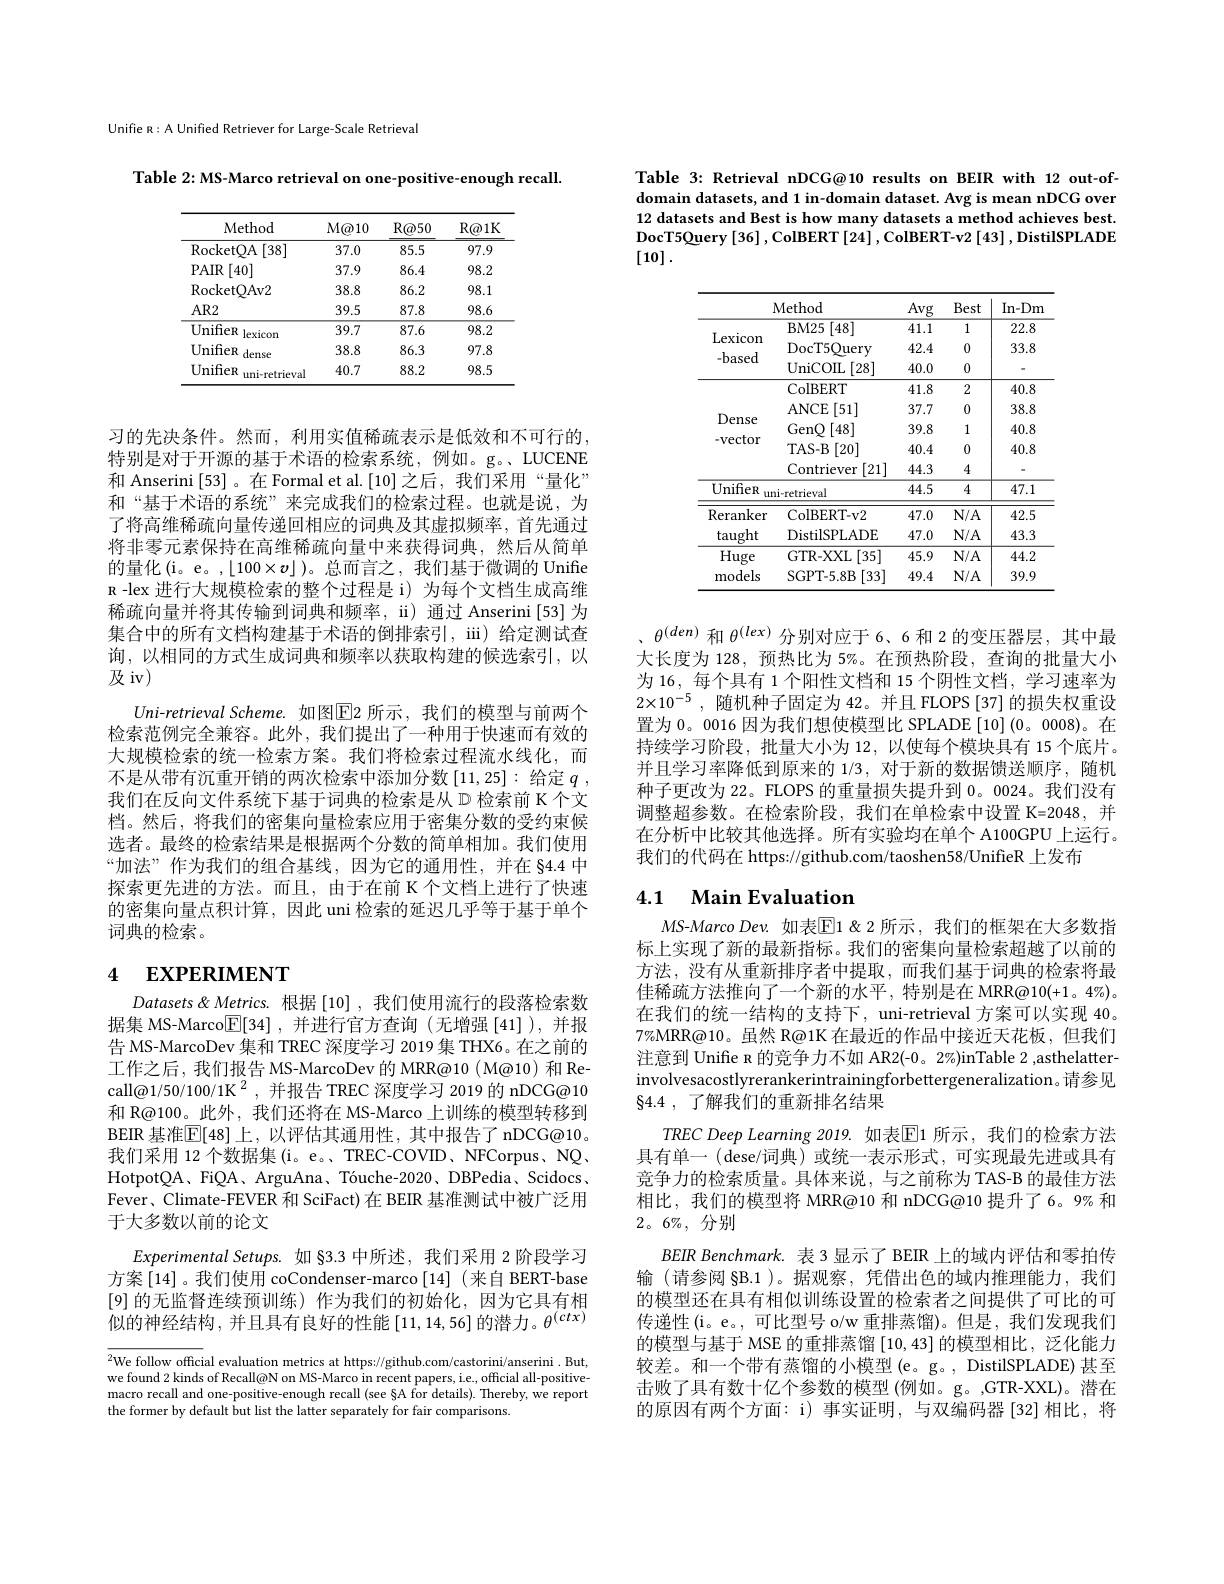
Unifie R: A Unified Retriever for Large-Scale Retrieval

Table 2: MS- Marco retrieval on one- positive-enough recall.

<table>
	<tbody>
		<tr>
			<th>Method</th>
			<th>$M@10$</th>
			<th>$R@50$</th>
			<th>$R@1K$</th>
		</tr>
		<tr>
			<td>RocketQA [38]</td>
			<td>37.0</td>
			<td>85.5</td>
			<td>97.9</td>
		</tr>
		<tr>
			<td>$PAIR$ [40]</td>
			<td>37.9</td>
			<td>86.4</td>
			<td>98.2</td>
		</tr>
		<tr>
			<td>RocketOAv2</td>
			<td>38.8</td>
			<td>86.2</td>
			<td>98.1</td>
		</tr>
		<tr>
			<td>$AR2$</td>
			<td>39.5</td>
			<td>87.8</td>
			<td>98.6</td>
		</tr>
		<tr>
			<td>UnifieR lexicon</td>
			<td>39.7</td>
			<td>87.6</td>
			<td>98.2</td>
		</tr>
		<tr>
			<td>UnifieR dense</td>
			<td>38.8</td>
			<td>86.3</td>
			<td>97.8</td>
		</tr>
		<tr>
			<td>UnifieR uni-retrieval</td>
			<td>40.7</td>
			<td>88.2</td>
			<td>98.5</td>
		</tr>
	</tbody>
</table>

习的先决条件。然而，利用实值稀疏表示是低效和不可行的， 特别是对于开源的基于术语的检索系统，例如。g。LUCENE 和 Anserini [53] 。在 Formal et al. [10]之后，我们采用“量化” 和“基于术语的系统”来完成我们的检索过程。也就是说，为了将高维稀疏向量传递回相应的词典及其虚拟频率，首先通过将非零元素保持在高维稀疏向量中来获得词典，然后从简单的量化(i。e。,$\lfloor100\times v\rfloor)。总而言之，我们基于微调的 Unifie$ R - lex 进行大规模检索的整个过程是 i) 为每个文档生成高维稀疏向量并将其传输到词典和频率，ii) 通过 Anserini[53] 为集合中的所有文档构建基于术语的倒排索引，iii) 给定测试查询，以相同的方式生成词典和频率以获取构建的候选索引，以及iv)
$Uni- retrieval\textit{Scheme. 如 图 E2 所 示 , 我 们 的 模 型 与 前 两 个 }$ 检索范例完全兼容。此外，我们提出了一种用于快速而有效的大规模检索的统一检索方案。我们将检索过程流水线化，而不是从带有沉重开销的两次检索中添加分数[11,25]:给定$q$ , 我们在反向文件系统下基于词典的检索是从 D 检索前 K 个文档。然后，将我们的密集向量检索应用于密集分数的受约束候选者。最终的检索结果是根据两个分数的简单相加。我们使用“加法”作为我们的组合基线，因为它的通用性，并在 84.4 中探索更先进的方法。而且，由于在前 K 个文档上进行了快速的密集向量点积计算，因此 uni 检索的延迟几乎等于基于单个词典的检索。

# 4 EXPERIMENT

Datasets & Metrics. 根据 [10] , 我们使用流行的段落检索数据集 MS-Marco$\boxed{\mathbb{E}}[34]$,并进行官方查询(无增强[41]),并报告 MS-MarcoDev 集和 TREC 深度学习 2019 集 THX6。在之前的工作之后，我们报告 MS-MarcoDev 的 MRR@10( M@10) 和 Recall@1/50/100/1K$^2$,并报告 TREC 深度学习 2019 的 nDCG@10和 R@100。此外，我们还将在 MS-Marco 上训练的模型转移到BEIR 基准$\mathbb{E}[48]$ 上，以评估其通用性，其中报告了 nDCG@10。我们采用 12 个数据集 (i。e。、TREC-COVID、NFCorpus、NQ. HotpotQA、FiQA、ArguAna、Tóuche-2020、DBPedia、Scidocs、 Fever、Climate-FEVER 和 SciFact)在 BEIR 基准测试中被广泛用于大多数以前的论文
Experimental Setups. 如 §3.3 中所述，我们采用 2 阶段学习方案 [14] 。我们使用 coCondenser-marco [14] (来自 BERT-base [9]的无监督连续预训练)作为我们的初始化，因为它具有相似的神经结构，并且具有良好的性能$\left[11,14,56\right]$的潜力。$\theta^(ctx)$

$\overline{^2\text{We follow offici}}$al evaluation metrics at https://github.com/castorini/anserini. But, we found 2 kinds of Recall@N on MS-Marco in recent papers, i.e., official all-positivemacro recall and one-positive-enough recall (see §A for details). Thereby, we report the former by default but list the latter separately for fair comparisons

Table 3: Retrieval nDCG@10 results on BEIR with 12 out-ofdomain datasets, and 1 in-domain dataset. Avg is mean nDCG over 12 datasets and Best is how many datasets a method achieves best. DocT5Query[36],ColBERT[24],ColBERT-v2[43],DistilSPLADE [10].

<table>
	<tbody>
		<tr>
			<th> </th>
			<th>Method</th>
			<th>Avg</th>
			<th>Best</th>
			<th>$In-Dm$</th>
		</tr>
		<tr>
			<td rowspan="3">$\operatorname{Lexicon}$ -based</td>
			<td>$BM25$ [48]</td>
			<td>41.1</td>
			<td>1</td>
			<td>22.8</td>
		</tr>
		<tr>
			<td>$\operatorname{DocT5Query}$</td>
			<td>42.4</td>
			<td>0</td>
			<td>33.8</td>
		</tr>
		<tr>
			<td>UniCOIL [28]</td>
			<td>40.0</td>
			<td>0</td>
			<td> </td>
		</tr>
		<tr>
			<td rowspan="2">Dense $-Vector$</td>
			<td>ColBERT</td>
			<td>41.8</td>
			<td>2</td>
			<td>40.8</td>
		</tr>
		<tr>
			<td>ANCE $\vdots[51]$ 1</td>
			<td>37.7</td>
			<td>0</td>
			<td>38.8</td>
		</tr>
		<tr>
			<td rowspan="3"> $-Vector$</td>
			<td>GenQ [48]</td>
			<td>39.8</td>
			<td>1</td>
			<td>40.8</td>
		</tr>
		<tr>
			<td>TAS- B [20]</td>
			<td>40.4</td>
			<td>0</td>
			<td>40.8</td>
		</tr>
		<tr>
			<td>Contriever [21]</td>
			<td>44.3</td>
			<td>4</td>
			<td> </td>
		</tr>
		<tr>
			<td>UnifieR</td>
			<td>ni-retrieval</td>
			<td>44.5</td>
			<td>4</td>
			<td>47.1</td>
		</tr>
		<tr>
			<td rowspan="2">Reranker taught</td>
			<td>ColBERT- v2</td>
			<td>47.0</td>
			<td>$N/A$</td>
			<td>42.5</td>
		</tr>
		<tr>
			<td>DistilSPLADE</td>
			<td>47.0</td>
			<td>$N/A$</td>
			<td>43.3</td>
		</tr>
		<tr>
			<td>Huge</td>
			<td>GTR-XXL $\mathcal{L}[35]$ </td>
			<td>45.9</td>
			<td>$N/A$</td>
			<td>44.2</td>
		</tr>
		<tr>
			<td>models</td>
			<td>SGPT- 5. 8B [33]</td>
			<td>49.4</td>
			<td>$N/A$</td>
			<td>39.9</td>
		</tr>
	</tbody>
</table>

$\theta^{(den)}$和$\theta^{(lex)}$分别对应于 6、6 和 2 的变压器层，其中最大长度为 128, 预热比为 5%。在预热阶段，查询的批量大小为 16, 每个具有 1 个阳性文档和 15 个阴性文档，学习速率为$2\times10^{-5}$,随机种子固定为 42。并且 FLOPS [37] 的损失权重设置为 0。0016 因为我们想使模型比 SPLADE [10](0。0008)。在持续学习阶段，批量大小为 12,以使每个模块具有 15 个底片。并且学习率降低到原来的 1/3,对于新的数据馈送顺序，随机种子更改为 22。FLOPS 的重量损失提升到 0。0024。我们没有调整超参数。在检索阶段，我们在单检索中设置 K=2048,并在分析中比较其他选择。所有实验均在单个 A100GPU 上运行。我们的代码在 https://github.com/taoshen58/UnifieR 上发布

# 4.1 Main Evaluation

MS-Marco Dev. 如表$\overline{\mathbb{E}}$1&2 所示，我们的框架在大多数指标上实现了新的最新指标。我们的密集向量检索超越了以前的方法，没有从重新排序者中提取，而我们基于词典的检索将最佳稀疏方法推向了一个新的水平，特别是在 MRR@10(+1。4%)。在我们的统一结构的支持下，uni-retrieval 方案可以实现 40。7%MRR@10。虽然 R@1K 在最近的作品中接近天花板，但我们注意到 Unifie n 的竞争力不如 AR2(-0。2%)inTable 2 ,asthelatterinvolvesacostlyrerankerintrainingforbettergeneralization。请参见$\S 4. 4$ , 了解我们的重新排名结果
$TREC$ Deep Learning 2019. 如表$\overline{\mathrm{E}}$1 所示，我们的检索方法具有单一 (dese/词典) 或统一表示形式，可实现最先进或具有竞争力的检索质量。具体来说，与之前称为 TAS-B 的最佳方法相比，我们的模型将 MRR@10 和 nDCG@10 提升了6。9% 和$2。6\%$,分别
$BEIR$ Benchmark. 表 3 显示了 BEIR 上的域内评估和零拍传输 (请参阅 §B.1 )。据观察，凭借出色的域内推理能力，我们的模型还在具有相似训练设置的检索者之间提供了可比的可传递性(i。e。,可比型号 o/w 重排蒸馏)。但是，我们发现我们的模型与基于 MSE 的重排蒸馏[10,43]的模型相比，泛化能力较差。和一个带有蒸馏的小模型(e。g。, DistilSPLADE) 甚至击败了具有数十亿个参数的模型 (例如。g。,GTR-XXL)。潜在的原因有两个方面：i) 事实证明，与双编码器[32]相比，将